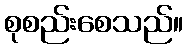
စုစည်းစေသည်။